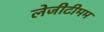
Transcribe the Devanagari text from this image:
लेजीटीमम